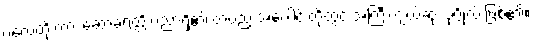
ပလေတိုးကား ဆော့ခရတ္တိ ပညာရှိ၏ တပည့် အပေါင်းတို့တွင် အကြီးကျယ်ဆုံး ပုဂ္ဂိုလ် ဖြစ်၏။